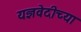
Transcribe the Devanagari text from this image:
यज्ञवेदीच्या